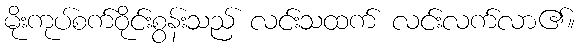
မိုးကုပ်စက်ဝိုင်းစွန်းသည် လင်းသထက် လင်းလက်လာ၏။